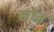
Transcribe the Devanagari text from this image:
ल्रोत